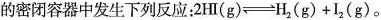
的密闭容器中发生下列反应：$$2HI(g)\rightleftharpoons H_{2}(g)+I2(g)$$。